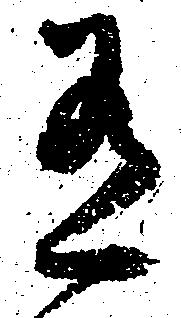
有